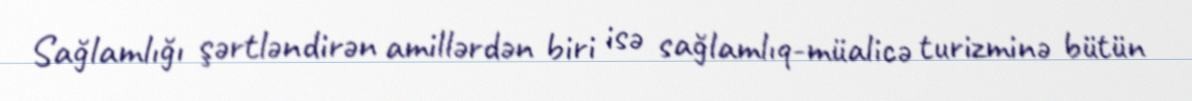
Sağlamlığı şərtləndirən amillərdən biri isə sağlamlıq-müalicə turizminə bütün